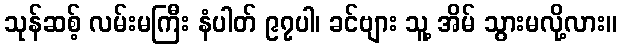
သုန်ဆစ့် လမ်းမကြီး နံပါတ် ၉၇ပါ၊ ခင်ဗျား သူ့ အိမ် သွားမလို့လား။